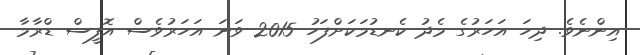
އިންނެވެ. ދިހަ އަހަރުގެ މެދު ކެނޑުމަކަށްފަހު 2015 ވަނަ އަހަރުވެސް އޮފީސް ޑްރާމާ